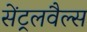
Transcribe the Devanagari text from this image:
सेंट्रलवैल्स